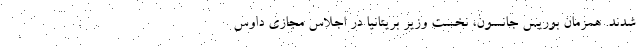
شدند. همزمان بوریس جانسون، نخست وزیر بریتانیا در اجلاس مجازی داوس